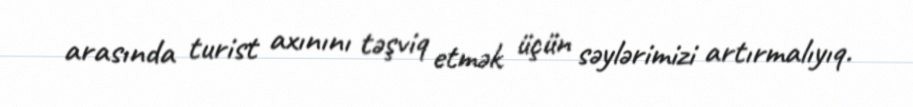
arasında turist axınını təşviq etmək üçün səylərimizi artırmalıyıq.